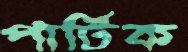
পার্টিক